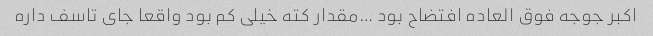
اکبر جوجه فوق العاده افتضاح بود …مقدار کته خیلی کم بود واقعا جای تاسف داره